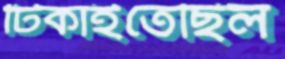
টিকাইতেছিল